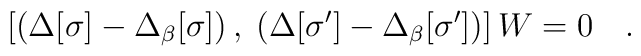
\left[ \left(\Delta [\sigma ] - \Delta_\beta [\sigma ]\right),\; \left(    \Delta [ \sigma' ] - \Delta_\beta [ \sigma ' ]\right)\right] W =0\quad.